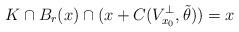
LaTeX: \begin{align*}K\cap B_{r}(x)\cap(x+C(V_{x_{0}}^{\bot},\tilde{\theta}))=x\end{align*}